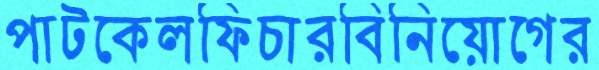
পাটকেলফিচারবিনিয়োগের